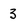
Character: 3